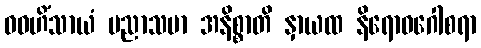
ဝဓဟိံသာယံ ပညာသမာ အနိစ္စာတိ နှာယထ နိရောဓဂေါစရာ